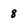
Character: 8